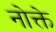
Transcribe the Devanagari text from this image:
नोक्ते